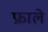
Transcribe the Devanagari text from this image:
फ्राले